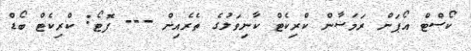
ކޯސްޓް އޯޕަން ރަމަޟާން ކްރިކެޓް ކާނިވަލުގެ ތެރެއިން --- ފޮޓޯ: ކްރިކެޓް ބޯޑް